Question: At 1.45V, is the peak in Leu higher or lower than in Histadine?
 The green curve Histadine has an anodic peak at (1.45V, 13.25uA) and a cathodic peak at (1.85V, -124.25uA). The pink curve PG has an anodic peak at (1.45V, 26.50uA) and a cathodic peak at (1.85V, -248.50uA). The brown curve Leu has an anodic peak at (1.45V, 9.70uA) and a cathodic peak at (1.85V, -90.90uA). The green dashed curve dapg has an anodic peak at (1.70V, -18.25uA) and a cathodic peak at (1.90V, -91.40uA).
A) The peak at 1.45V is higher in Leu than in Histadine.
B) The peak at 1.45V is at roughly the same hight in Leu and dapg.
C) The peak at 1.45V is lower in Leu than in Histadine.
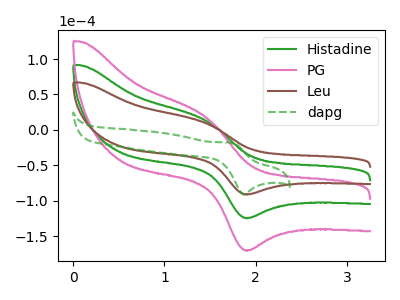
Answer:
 <answer>C) The peak at 1.45V is lower in "Leu" than in "Histadine".</answer>
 <eval>C</eval>